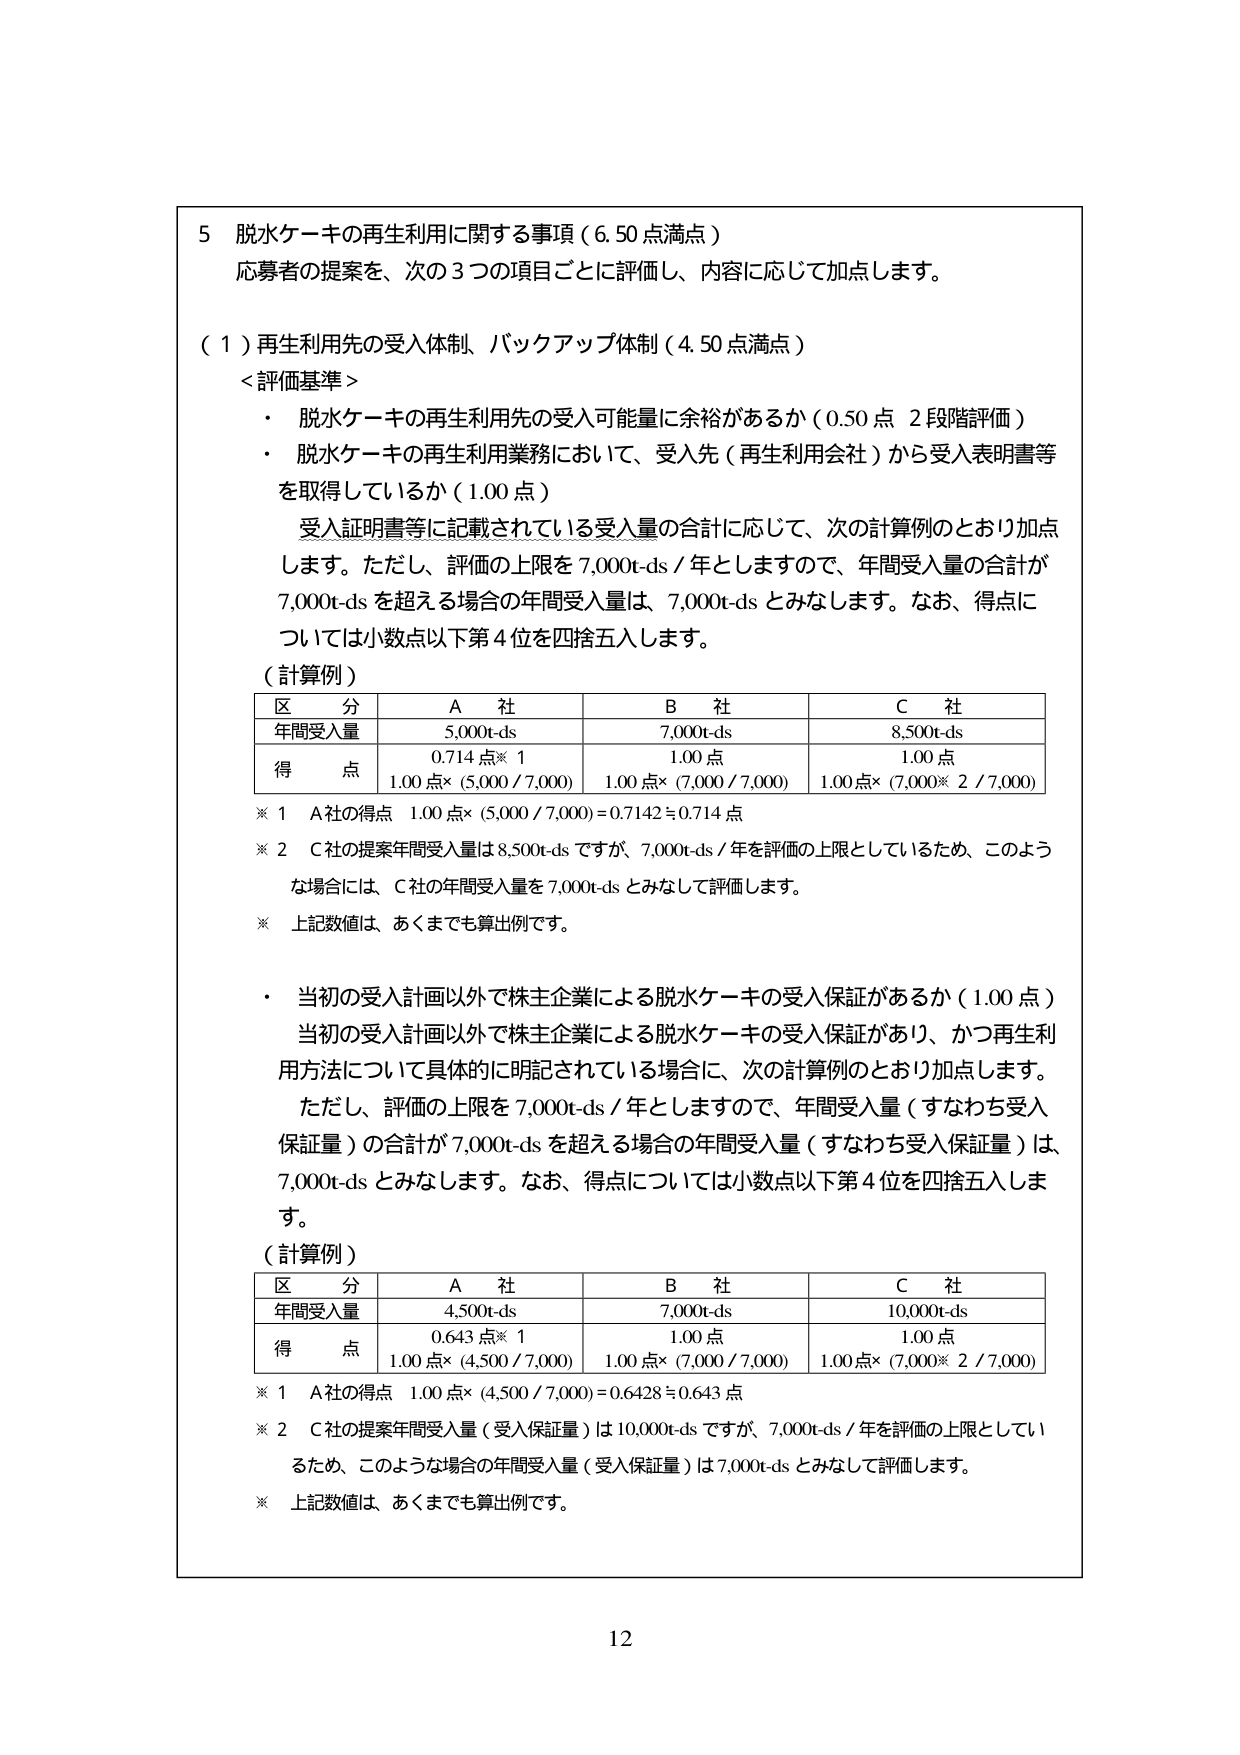
5 脱水ケーキの再生利用に関する事項（6.50点満点）
応募者の提案を、次の3つの項目ごとに評価し、内容に応じて加点します。

（1）再生利用先の受入体制、バックアップ体制（4.50点満点）
＜評価基準＞
・ 脱水ケーキの再生利用先の受入可能量に余裕があるか（0.50点 2段階評価）
・ 脱水ケーキの再生利用業務において、受入先（再生利用会社）から受入表明書等を取得しているか（1.00点）
　受入証明書等に記載されている受入量の合計に応じて、次の計算例のとおり加点します。ただし、評価の上限を7,000t-ds／年としますので、年間受入量の合計が7,000t-dsを超える場合の年間受入量は、7,000t-dsとみなします。なお、得点については小数点以下第4位を四捨五入します。

（計算例）
| 区分 | A社 | B社 | C社 |
|------|-----|-----|-----|
| 年間受入量 | 5,000t-ds | 7,000t-ds | 8,500t-ds |
| 得点 | 0.714点※1<br>1.00点×（5,000／7,000） | 1.00点<br>1.00点×（7,000／7,000） | 1.00点<br>1.00点×（7,000※2／7,000） |

※1 A社の得点 1.00点×（5,000／7,000）＝0.7142≒0.714点
※2 C社の提案年間受入量は8,500t-dsですが、7,000t-ds／年を評価の上限としているため、このような場合には、C社の年間受入量を7,000t-dsとみなして評価します。
※ 上記数値は、あくまでも算出例です。

・ 当初の受入計画以外で株主企業による脱水ケーキの受入保証があるか（1.00点）
　当初の受入計画以外で株主企業による脱水ケーキの受入保証があり、かつ再生利用方法について具体的に明記されている場合に、次の計算例のとおり加点します。ただし、評価の上限を7,000t-ds／年としますので、年間受入量（すなわち受入保証量）の合計が7,000t-dsを超える場合の年間受入量（すなわち受入保証量）は、7,000t-dsとみなします。なお、得点については小数点以下第4位を四捨五入します。

（計算例）
| 区分 | A社 | B社 | C社 |
|------|-----|-----|-----|
| 年間受入量 | 4,500t-ds | 7,000t-ds | 10,000t-ds |
| 得点 | 0.643点※1<br>1.00点×（4,500／7,000） | 1.00点<br>1.00点×（7,000／7,000） | 1.00点<br>1.00点×（7,000※2／7,000） |

※1 A社の得点 1.00点×（4,500／7,000）＝0.6428≒0.643点
※2 C社の提案年間受入量（受入保証量）は10,000t-dsですが、7,000t-ds／年を評価の上限としているため、このような場合の年間受入量（受入保証量）は7,000t-dsとみなして評価します。
※ 上記数値は、あくまでも算出例です。

12